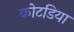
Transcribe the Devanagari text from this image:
कोटडिया